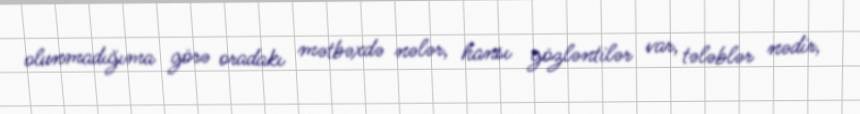
olunmadığıma görə oradakı mətbəxdə nələr, hansı gözləntilər var, tələblər nədir,